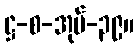
ဋ္ဌ-စ-အုပ်-၃၉။